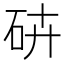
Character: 𥑾